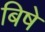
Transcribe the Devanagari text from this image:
बिषे